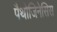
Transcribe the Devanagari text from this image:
पैथोजिनेसिस